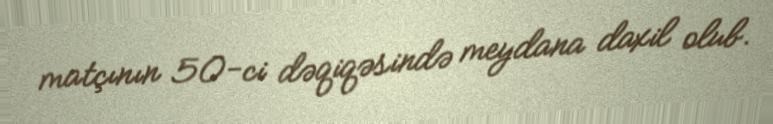
matçının 50-ci dəqiqəsində meydana daxil olub.